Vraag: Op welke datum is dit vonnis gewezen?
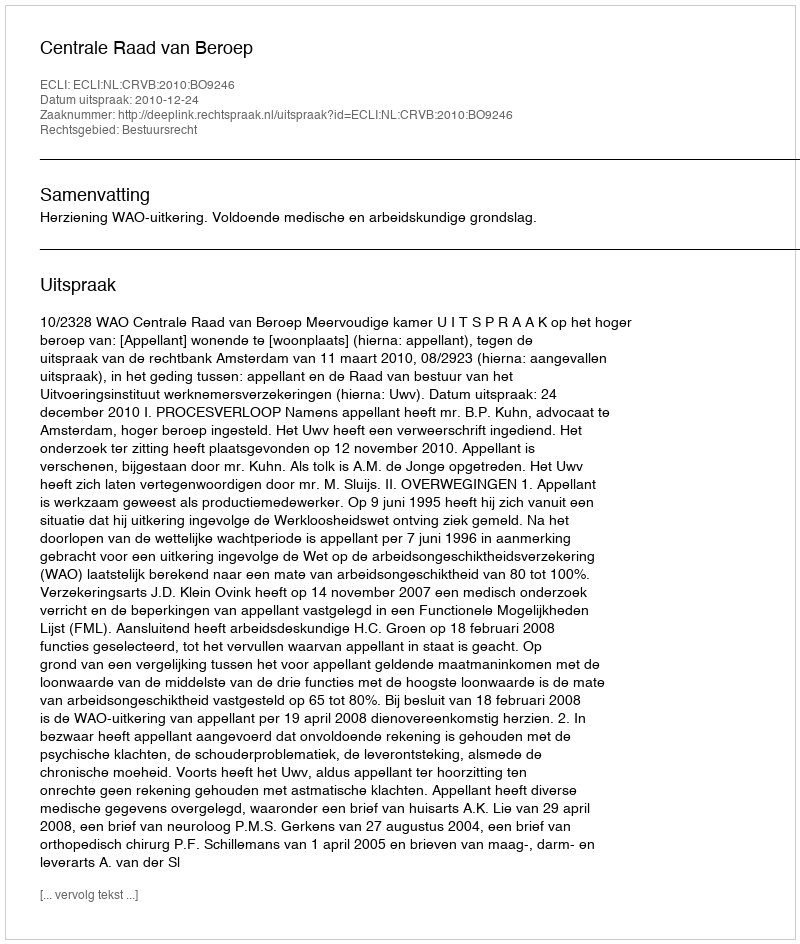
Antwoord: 2010-12-24